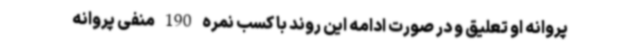
پروانه او تعلیق و در صورت ادامه این روند با کسب نمره 190 منفی پروانه